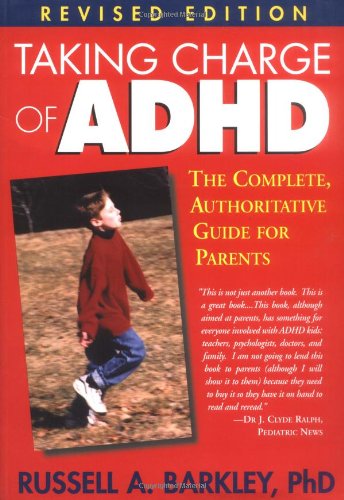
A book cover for Taking Charge of ADHD: The Complete, Authoritative Guide for Parents (Revised Edition); Russell A. Barkley; Health, Fitness & Dieting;